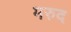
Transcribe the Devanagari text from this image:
मरुद